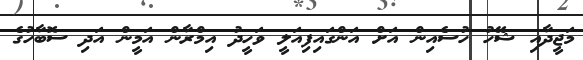
މަޖީދާއި ޝޭހު ހުސެއިން އަށް އަންގައިފިއަލީ ވަހީދު އިމްރާން އަމީން އަދި ސޮބާހުގެ